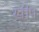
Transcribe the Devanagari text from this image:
खीप